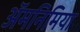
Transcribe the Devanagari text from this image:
ॲमनिमिया